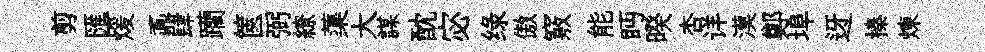
剪匯煖鼒肆躪篋弼繚蕖大謀酖宓绿傲竅能眄暌杏详漠鄭埠迓榛煉